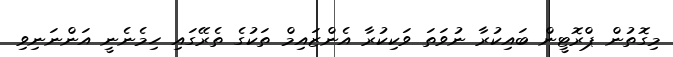
މިގޮތުން ޕްރޮޓީން ބައިކުރާ ނުވަތަ ވަކިކުރާ އެންޒައިމް ތަކުގެ ތެރޭގައި ހިމެނެނީ އަންނަނިވި